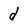
Character: d